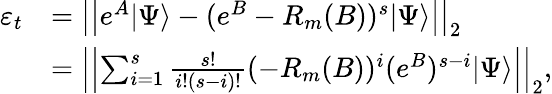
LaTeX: \begin{array}{rl}{\varepsilon_{t}}&{=\left|\left|e^{A}|\Psi\rangle-(e^{B}-R_{m}(B))^{s}|\Psi\rangle\right|\right|_{2}}\\ &{=\left|\left|\sum_{i=1}^{s}\frac{s!}{i!(s-i)!}(-R_{m}(B))^{i}(e^{B})^{s-i}|\Psi\rangle\right|\right|_{2},}\end{array}